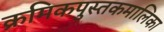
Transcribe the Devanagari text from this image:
क्रमिकपुस्तकमालिका